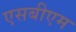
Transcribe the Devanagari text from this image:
एसबीएम